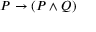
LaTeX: P \to ( P \land Q )